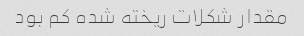
مقدار شکلات ریخته شده کم بود